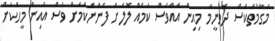
މަގާމުތަކަސް ދެވުނީމާ މިއިން އެއްވެސް ކަމެއް ލޮލަށް ފެންނަކަމަށް ވެސް އެއިން މީހަކަށް